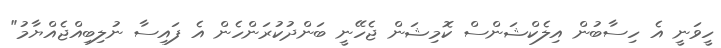
ހީވަނީ އެ ހިސާބުން އިލެކްޝަންސް ކޮމިޝަން ޖެހޭނީ ބަންދުކުރަންހެން އެ ފައިސާ ނުލިބިއްޖެއްޔާމު"